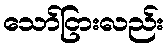
သော်ငြားလည်း